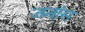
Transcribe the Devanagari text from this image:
जनांस